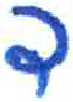
אות: ד